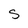
Character: s